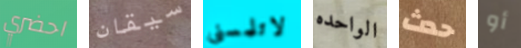
احضري سيقان لاتلمسني الواحده حدث أو